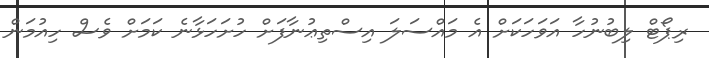
ރިޕޯޓް ލިބުނުހާ އަވަހަކަށް އެ މައްސަލަ އިސްތިޢުނާފަށް ހުށަހަޅާނެ ކަމަށް ވެސް ހިއުމަން